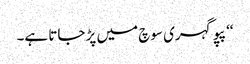
‘‘ پپو گہری سوچ میں پڑ جاتا ہے۔